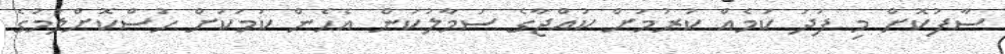
ސާފުކޮށް މި ފަދަ ކަމެއް ކުރުމަށް ކުއްޖާގެ ސަމާލުކަން އެހެން ކަމަކަށް ހުސްކޮށްލުމުގެ